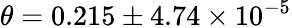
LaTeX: \theta=0.215\pm 4.74\times 10^{-5}